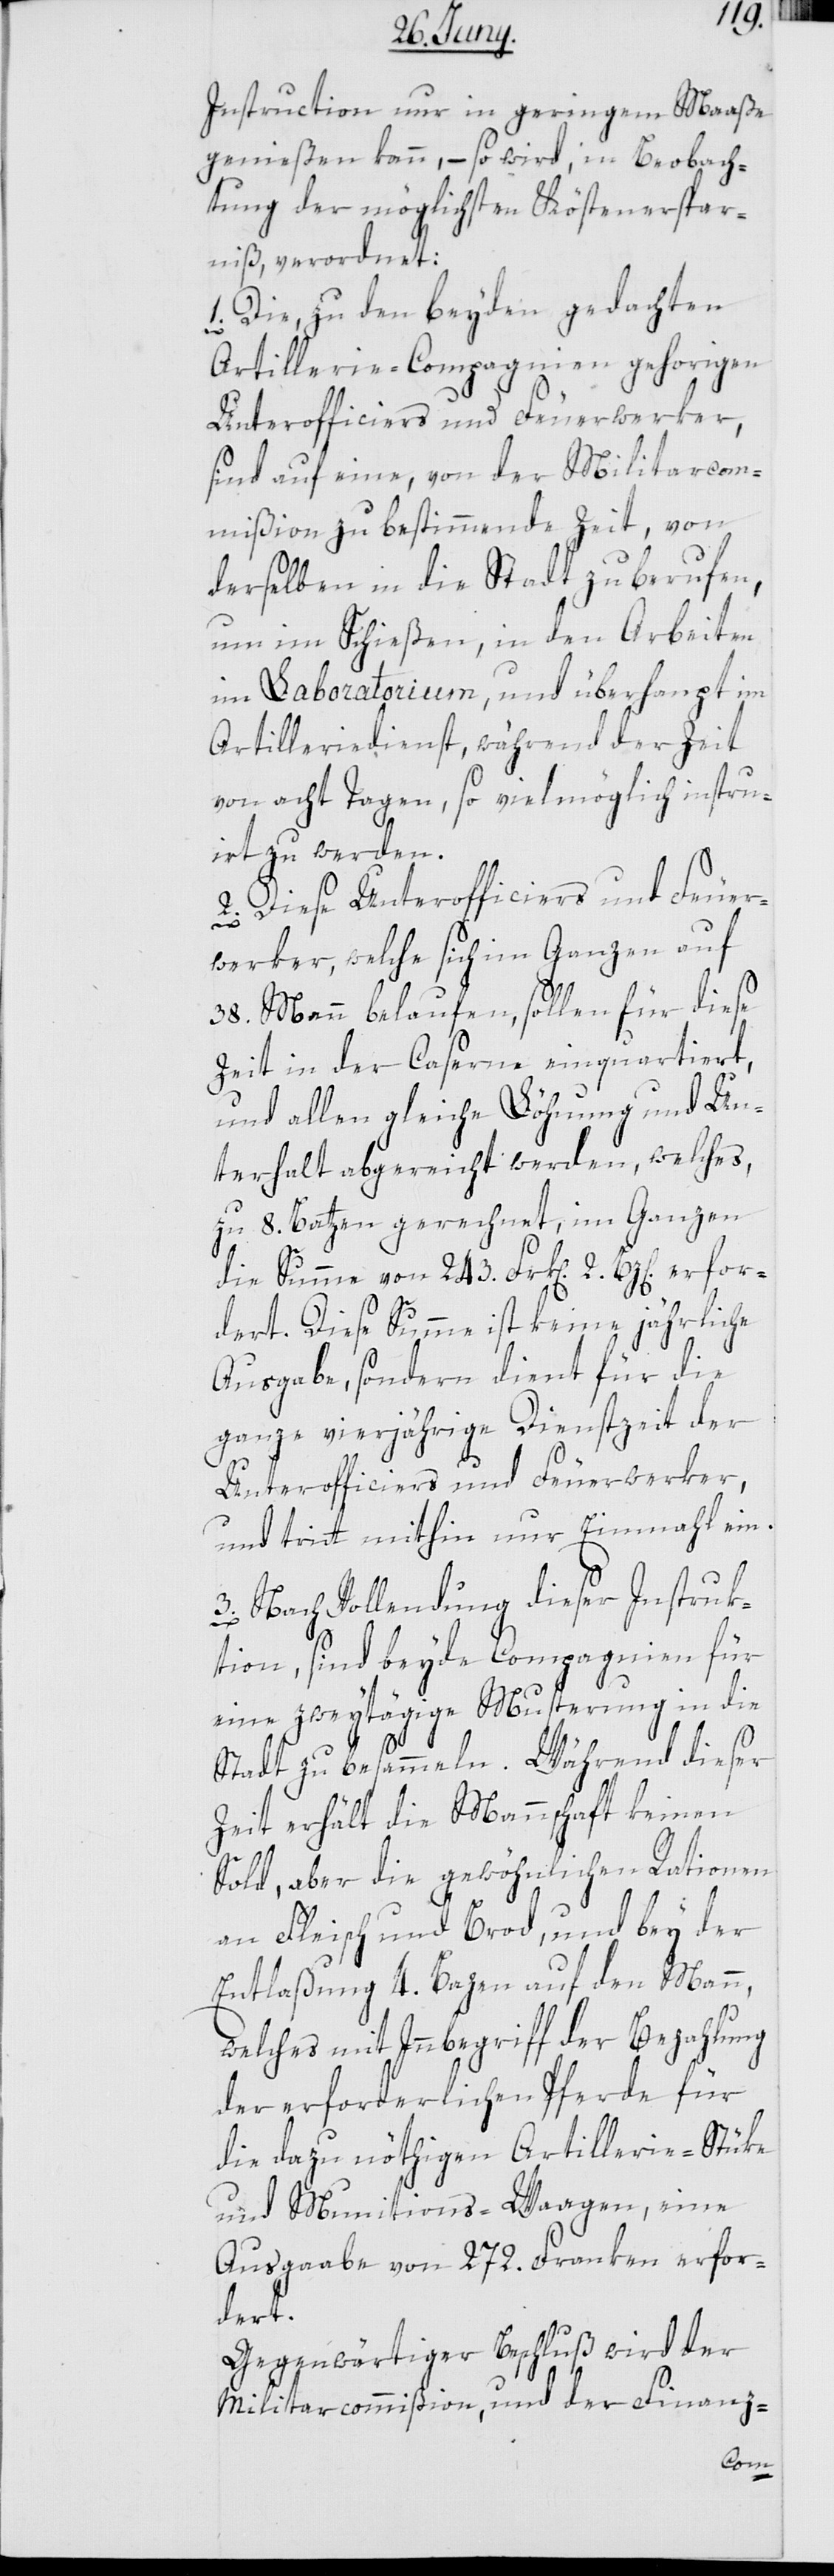
Instruction nur in geringem Maaße
genießen kann, – so wird, in Beobach¬
tung der möglichsten Köstenerspar¬
niß, verordnet:
1. Die, zu den beyden gedachten
Artillerie-Compagnien gehörigen
Unterofficiers und Feuerwerker,
sind auf eine, von der Militaircom¬
mißion zu bestimmende Zeit, von
derselben in die Stadt zu berufen,
um im Schießen, in den Arbeiten
im Laboratorium, und überhaupt im
Artilleriedienst, während der Zeit
von acht Tagen, so vielmöglich instrui¬
ert zu werden.
2. Diese Unterofficiers und Feuer¬
erfor¬
werker, welche sich im Ganzen auf
38. Mann belaufen, sollen für diese
Zeit in der Caserne einquartiert,
und allen gleiche Löhnung und Un¬
terhalt abgereicht werden, welches,
zu 8. Batzen gerechnet, im Ganzen
die Summe von 243. Frk[en]. 2. Bz[e¬
dert. Diese Summe ist keine jährliche
Ausgabe, sondern dient für die
ganze vierjährige Dienstzeit der
Unterofficiers und Feuerwerker,
und tritt mithin nur Einmal ein.
3. Nach Vollendung dieser Instruk¬
tion, sind beyde Compagnien für
eine zweytägige Musterung in die
Stadt zu besammeln. Während dieser
Zeit erhält die Mannschaft keinen
Sold, aber die gewöhnlichen Rationen
an Fleisch und Brod, und bey der
Entlaßung 4. Bazen auf den Mann,
welches mit Innbegriff der Bezahlung
der erforderlichen Pferde für
die dazu nöthigen Artillerie-Stüke
und Munitions-Waagen, eine
Ausgaabe von 272. Franken erfor¬
dert.
Gegenwärtiger Beschluß wird der
Militaircommißion, und der Finanz-